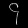
Digit: ၄